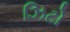
ઝિટો